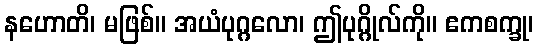
နဟောတိ၊ မဖြစ်။ အယံပုဂ္ဂလော၊ ဤပုဂ္ဂိုလ်ကို။ ဧကစက္ခု၊